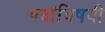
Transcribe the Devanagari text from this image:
पदांविषयी